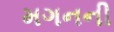
મગનની